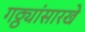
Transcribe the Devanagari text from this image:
गठ्ठ्यांसारखे